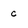
Character: c